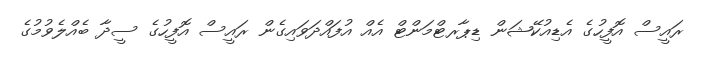
ރައީސް އޮފީހުގެ އެޑިއުކޭޝަން ޑިޕާރޓްމަންޓް އެއް އުފައްދަވައިގެން ރައީސް އޮފީހުގެ ސީދާ ބެއްލެވުމުގެ